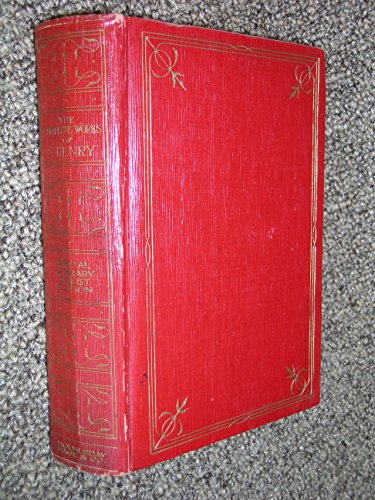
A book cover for The complete works of O. Henry; O Henry; Christian Books & Bibles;